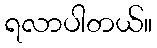
ရလာပါတယ်။